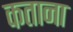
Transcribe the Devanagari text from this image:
कताना